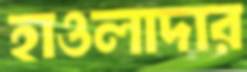
হাওলাদার